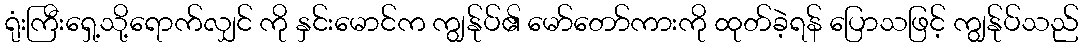
ရုံးကြီးရှေ့သို့ရောက်လျှင် ကို နှင်းမောင်က ကျွန်ုပ်၏ မော်တော်ကားကို ထုတ်ခဲ့ရန် ပြောသဖြင့် ကျွန်ုပ်သည်